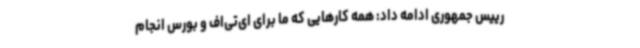
رییس جمهوری ادامه داد: همه کارهایی که ما برای ای‌تی‌اف و بورس انجام